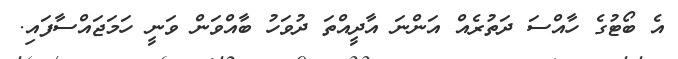
އެ ބޯޓުގެ ހާއްސަ ދަތުރެއް އަންނަ އާދީއްތަ ދުވަހު ބާއްވަން ވަނީ ހަމަޖައްސާފައި.